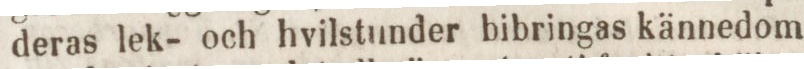
deras lek- och hvilstunder bibringas kännedom